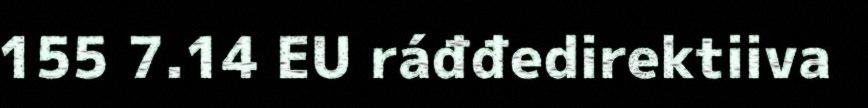
155 7.14 EU ráđđedirektiiva